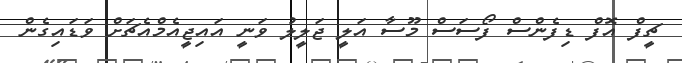
ޗީފް އޮފް ޑިފެންސް ފޯސަސް މޫސާ އަލީ ޖަލީލު ވަނީ އައިޖީއެމްއެޗަށް ވަޑައިގެން